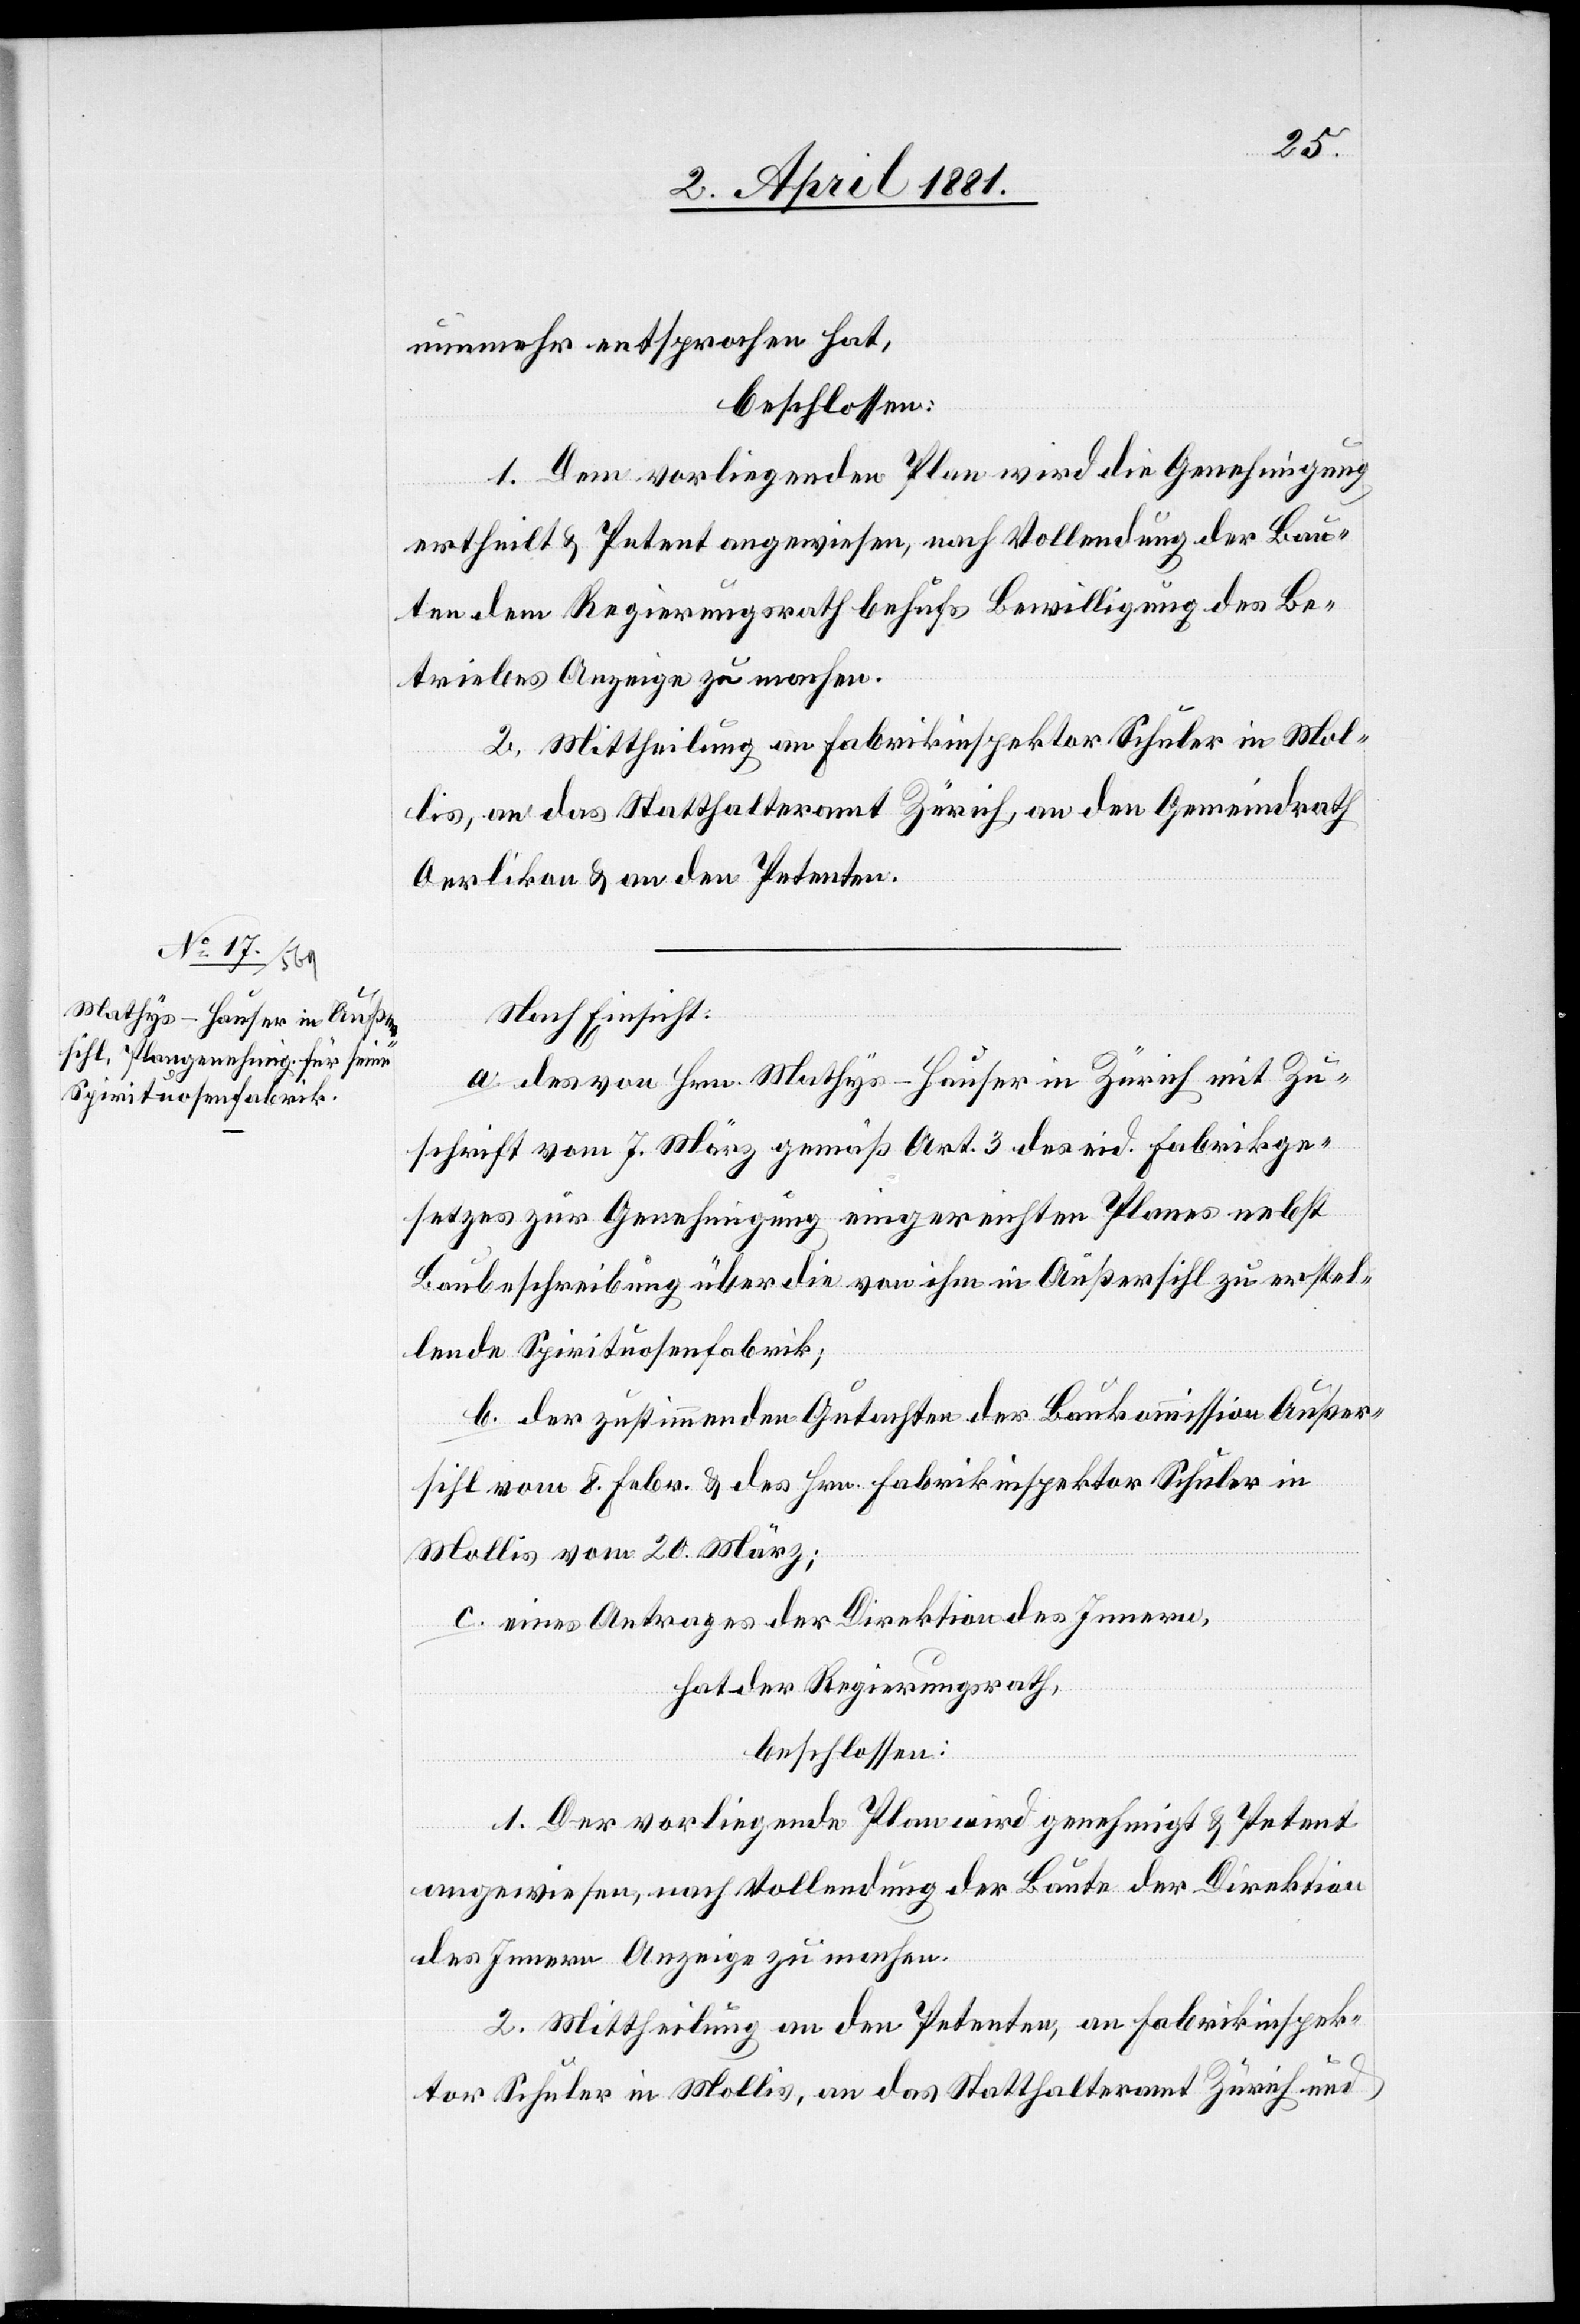
nunmehr entsprochen hat,
beschlossen:
1. Dem vorliegenden Plan wird die Genehmigung
ertheilt & Petent angewiesen, nach Vollendung der Bau¬
ten dem Regierungsrath behufs Bewilligung des Be¬
triebes Anzeige zu machen.
2. Mittheilung an Fabrikinspektor Schuler in Mol¬
lis, an das Statthalteramt Zürich, an den Gemeindrath
Oerlikon & an den Petenten.
Nach Einsicht:
a. des von Hrn. Mathys-Hauser in Zürich mit Zu¬
schrift vom 7. März gemäß Art. 3 des eid. Fabrikge¬
setzes zur Genehmigung eingereichten Planes nebst
Baubeschreibung über die von ihm in Außersihl zu erstel¬
lende Spirituosenfabrik;
b. der zustimmenden Gutachten der Baukommission Außer¬
sihl vom 8. Febr. & des Hrn. Fabrikinspektor Schuler in
Mollis vom 20. März;
c. eines Antrages der Direktion des Innern,
hat der Regierungsrath,
beschlossen:
1. Der vorliegende Plan wird genehmigt & Petent
angewiesen, nach Vollendung der Baute der Direktion
des Innern Anzeige zu machen.
2. Mittheilung an den Petenten, an Fabrikinspek¬
tor Schuler in Mollis, an das Statthalteramt Zürich und